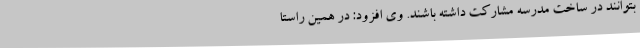
بتوانند در ساخت مدرسه مشارکت داشته باشند. وی افزود: در همین راستا